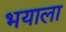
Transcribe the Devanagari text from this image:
भयाला